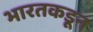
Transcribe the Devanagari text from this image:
भारतकडून